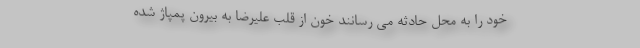
خود را به محل حادثه می رسانند خون از قلب علیرضا به بیرون پمپاژ شده